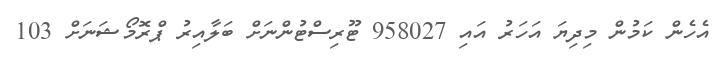
އެހެން ކަމުން މިދިޔަ އަހަރު އައި 958027 ޓޫރިސްޓުންނަށް ބަލާއިރު ޕްރޮމޯޝަނަށް 103